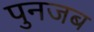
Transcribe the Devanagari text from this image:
पुनजब